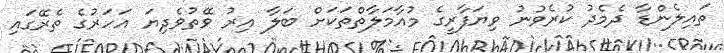
ތައިލެންޑާ ދެމެދު ކުރެވުނު ވިޔަފާރީގެ މުއާމަލާތްތަކަށް ބަލާ އިރު ވޭތުވެދިޔަ އަހަރުގެ ތެރޭގައި